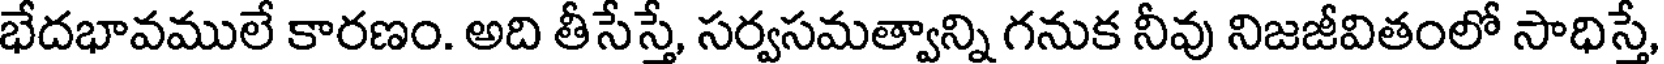
భేదభావములే కారణం. అది తీసేస్తే, సర్వసమత్వాన్ని గనుక నీవు నిజజీవితంలో సాధిస్తే